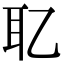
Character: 䎲